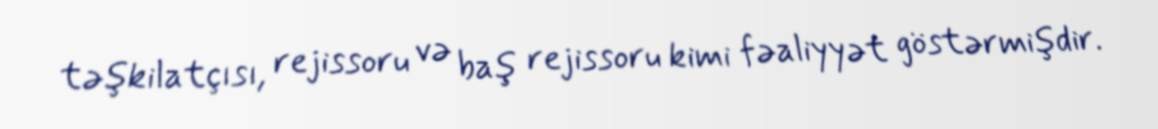
təşkilatçısı, rejissoru və baş rejissoru kimi fəaliyyət göstərmişdir.